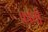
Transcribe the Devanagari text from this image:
फ्रॉथी